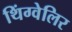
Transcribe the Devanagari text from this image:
थिंग्वेलिर